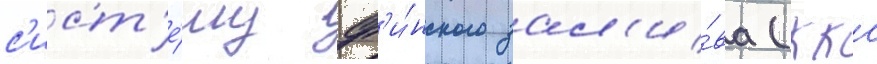
с'ист'е́му ф'и́нского зал'и́ва (ккс